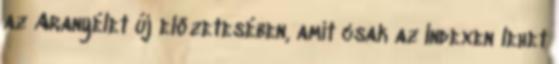
az Aranyélet új előzetesében, amit csak az Indexen lehet